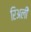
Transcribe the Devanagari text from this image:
रिअली